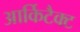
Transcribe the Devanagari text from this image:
आर्किटैक्ट